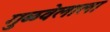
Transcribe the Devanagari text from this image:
गुळवेलाला